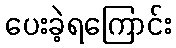
ပေးခဲ့ရကြောင်း